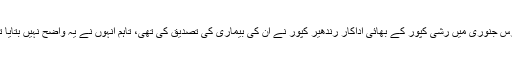
میڈیا میں طرح طرح کی خبریں وائرل ہونے کے بعد رواں برس جنوری میں رشی کپور کے بھائی اداکار رندھیر کپور نے ان کی بیماری کی تصدیق کی تھی، تاہم انہوں نے یہ واضح نہیں بتایا تھا کہ وہ کینسر میں مبتلا ہیں یا کسی اور مرض کا شکار ہیں۔